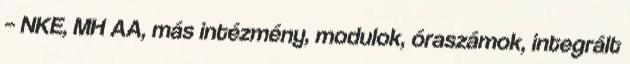
– NKE, MH AA, más intézmény, modulok, óraszámok, integrált